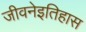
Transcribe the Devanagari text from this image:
जीवनेइतिहास